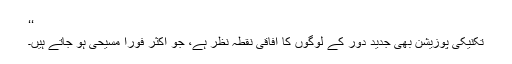
‘‘
تکنیکی پوزیشن بھی جدید دور کے لوگوں کا آفاقی نقطۂ نظر ہے، جو اکثر فوراً مسیحی ہو جاتے ہیں۔